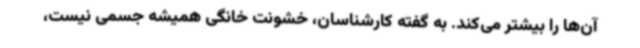
آن‌ها را بیشتر می‌کند. به گفته کارشناسان، خشونت خانگی همیشه جسمی نیست،